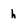
Character: h